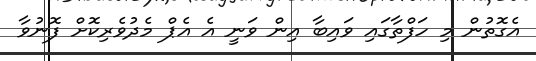
އެގޮތުން މި ހަފްތާގައި ވައިބާ އިން ވަނީ އެ އެޕް މެދުވެރިކޮށް ފޮނުވާ